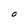
Character: O